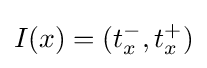
I(x)=(t_{x}^{-},t_{x}^{+})